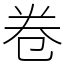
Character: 卷